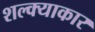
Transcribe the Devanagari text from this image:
शल्क्याकार